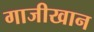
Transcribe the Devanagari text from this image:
गाजीखान